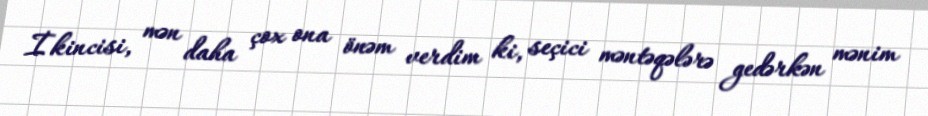
İkincisi, mən daha çox ona önəm verdim ki, seçici məntəqələrə gedərkən mənim